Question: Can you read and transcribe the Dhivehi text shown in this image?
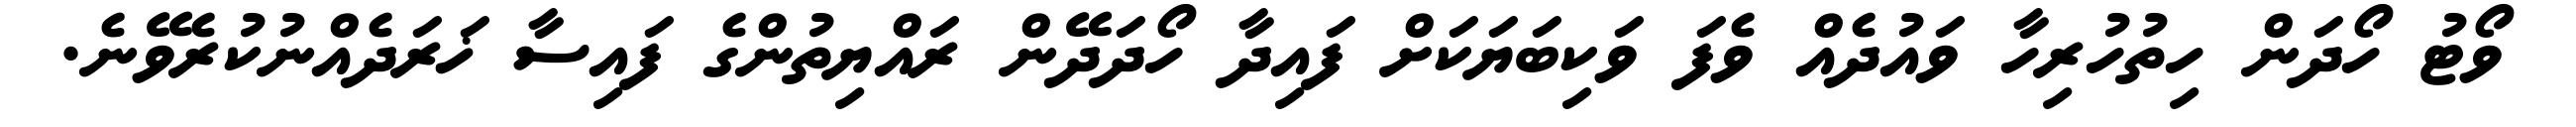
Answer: ވޯޓު ހޯދަން ހިތުހުރިހާ ވައުދެއް ވެފަ ވަކިބަޔަކަށް ފައިދާ ހޯދަދޭން ރައްޔިތުންގެ ފައިސާ ޚަރަދެއްނުކުރެވޭނެ.